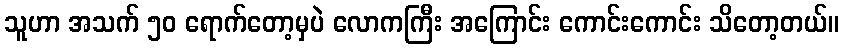
သူဟာ အသက် ၅၀ ရောက်တော့မှပဲ လောကကြီး အကြောင်း ကောင်းကောင်း သိတော့တယ်။